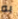
به